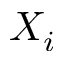
X _ { i }